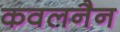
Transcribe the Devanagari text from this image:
कवलनैन